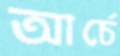
আর্চে